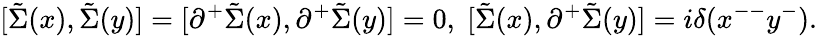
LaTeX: [\tilde{\Sigma}(x),\tilde{\Sigma}(y)]=[{\partial}^{+}\tilde{\Sigma}(x),{\partial}^{+}\tilde{\Sigma}(y)]=0,\; [\tilde{\Sigma}(x),{\partial}^{+}\tilde{\Sigma}(y)]=i{\delta}(x^{--}y^{-}).